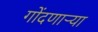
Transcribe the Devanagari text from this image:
गोंदणार्‍या